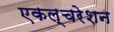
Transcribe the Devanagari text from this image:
एकल्चरेशन